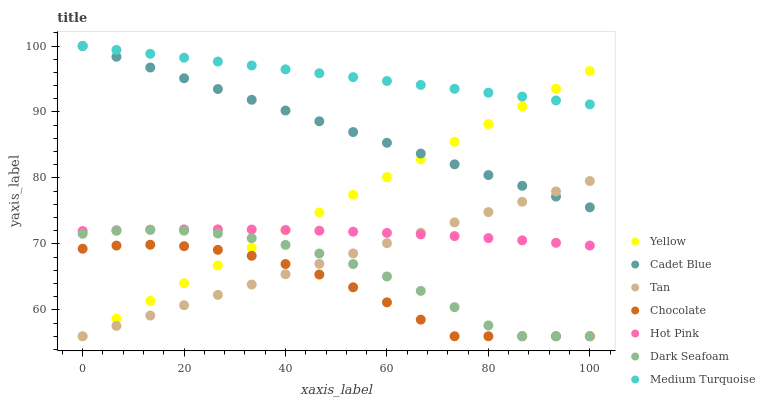
| xaxis_label | Yellow | Cadet Blue | Tan | Chocolate | Hot Pink | Dark Seafoam | Medium Turquoise |
 | --- | --- | --- | --- | --- | --- | --- | --- |
 | 0 | 56 | 100 | 56 | 69.3 | 72 | 71.5 | 100 |
 | 6.67 | 58.7 | 98.4 | 57.6 | 69.7 | 72.1 | 72 | 99.4 |
 | 13.3 | 61.4 | 96.7 | 59.1 | 69.9 | 72.2 | 72.1 | 98.8 |
 | 20 | 64 | 95.1 | 60.7 | 69.7 | 72.2 | 72 | 98.2 |
 | 26.7 | 66.7 | 93.5 | 62.3 | 69.1 | 72.2 | 71.6 | 97.6 |
 | 33.3 | 69.4 | 91.8 | 63.8 | 68.2 | 72.2 | 70.9 | 97.1 |
 | 40 | 72.1 | 90.2 | 65.4 | 66.9 | 72.1 | 69.8 | 96.5 |
 | 46.7 | 74.8 | 88.6 | 67 | 65.4 | 72 | 68.5 | 95.9 |
 | 53.3 | 77.4 | 87 | 68.5 | 63.4 | 71.9 | 66.9 | 95.3 |
 | 60 | 80.1 | 85.3 | 70.1 | 61.1 | 71.7 | 65.1 | 94.7 |
 | 66.7 | 82.8 | 83.7 | 71.7 | 58.5 | 71.4 | 62.9 | 94.1 |
 | 73.3 | 85.5 | 82.1 | 73.3 | 56 | 71.2 | 60.4 | 93.5 |
 | 80 | 88.2 | 80.4 | 74.8 | 56 | 70.9 | 57.6 | 92.9 |
 | 86.7 | 90.8 | 78.8 | 76.4 | 56 | 70.5 | 56 | 92.3 |
 | 93.3 | 93.5 | 77.2 | 78 | 56 | 70.2 | 56 | 91.7 |
 | 100 | 96.2 | 75.5 | 79.5 | 56 | 69.7 | 56 | 91.2 |